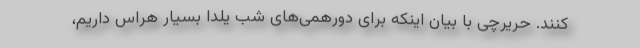
کنند. حریرچی با بیان اینکه برای دورهمی‌های شب یلدا بسیار هراس داریم،